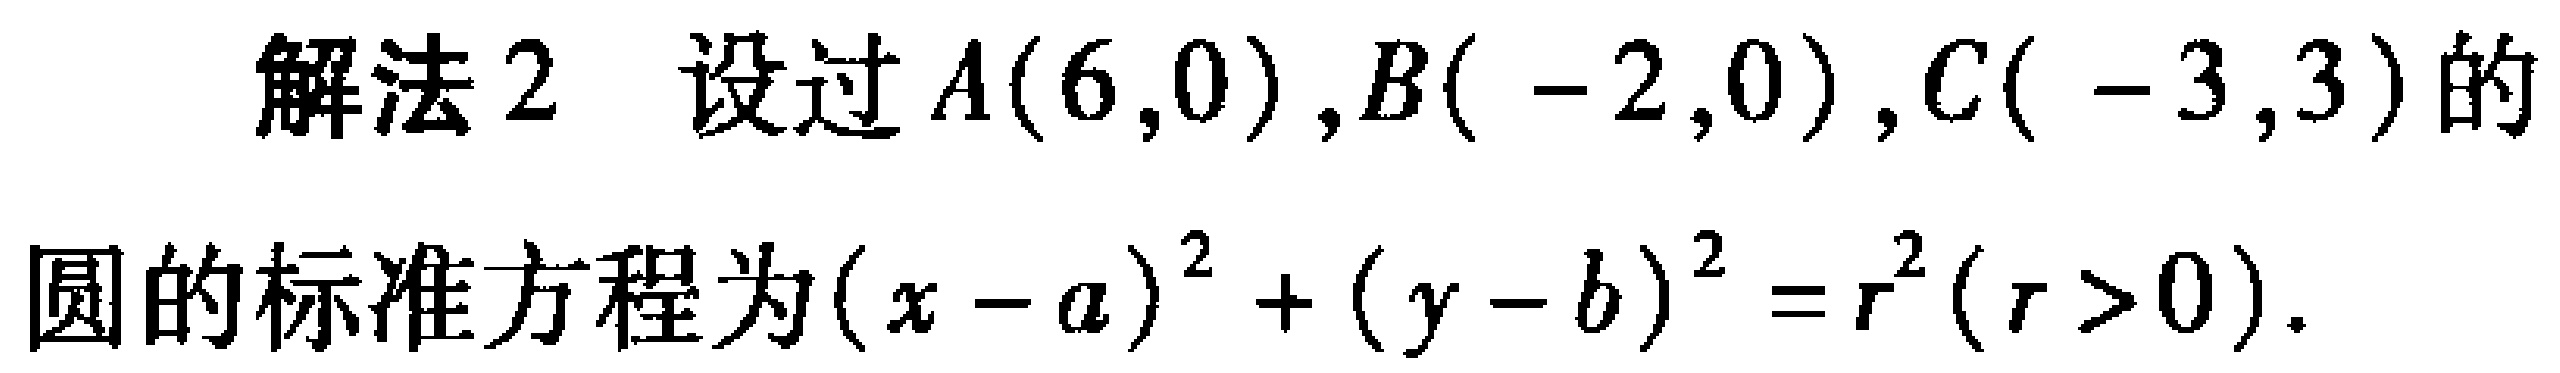
解法2 设过\(A(6,0)\),\(B(-2,0)\),\(C(-3,3)\)的
圆的标准方程为\((x - a)^{2}+(y - b)^{2}=r^{2}(r > 0)\).